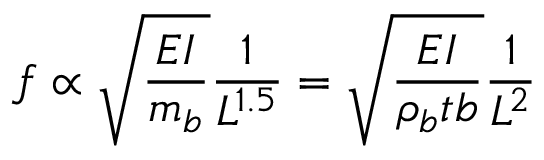
f \propto \sqrt { \frac { E I } { m _ { b } } } \frac { 1 } { L ^ { 1 . 5 } } = \sqrt { \frac { E I } { \rho _ { b } t b } } \frac { 1 } { L ^ { 2 } }